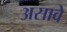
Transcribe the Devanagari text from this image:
असावेे